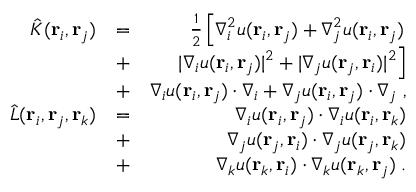
\begin{array} { r l r } { \hat { K } ( { \bf r } _ { i } , { \bf r } _ { j } ) } & { = } & { \frac 1 2 \left[ \nabla _ { i } ^ { 2 } u ( { \bf r } _ { i } , { \bf r } _ { j } ) + \nabla _ { j } ^ { 2 } u ( { \bf r } _ { i } , { \bf r } _ { j } ) \right. } \\ & { + } & { \left. | \nabla _ { i } u ( { \bf r } _ { i } , { \bf r } _ { j } ) | ^ { 2 } + | \nabla _ { j } u ( { \bf r } _ { j } , { \bf r } _ { i } ) | ^ { 2 } \right] } \\ & { + } & { \nabla _ { i } u ( { \bf r } _ { i } , { \bf r } _ { j } ) \cdot \nabla _ { i } + \nabla _ { j } u ( { \bf r } _ { i } , { \bf r } _ { j } ) \cdot \nabla _ { j } \; , } \\ { \hat { L } ( { \bf r } _ { i } , { \bf r } _ { j } , { \bf r } _ { k } ) } & { = } & { \nabla _ { i } u ( { \bf r } _ { i } , { \bf r } _ { j } ) \cdot \nabla _ { i } u ( { \bf r } _ { i } , { \bf r } _ { k } ) } \\ & { + } & { \nabla _ { j } u ( { \bf r } _ { j } , { \bf r } _ { i } ) \cdot \nabla _ { j } u ( { \bf r } _ { j } , { \bf r } _ { k } ) } \\ & { + } & { \nabla _ { k } u ( { \bf r } _ { k } , { \bf r } _ { i } ) \cdot \nabla _ { k } u ( { \bf r } _ { k } , { \bf r } _ { j } ) \; . } \end{array}